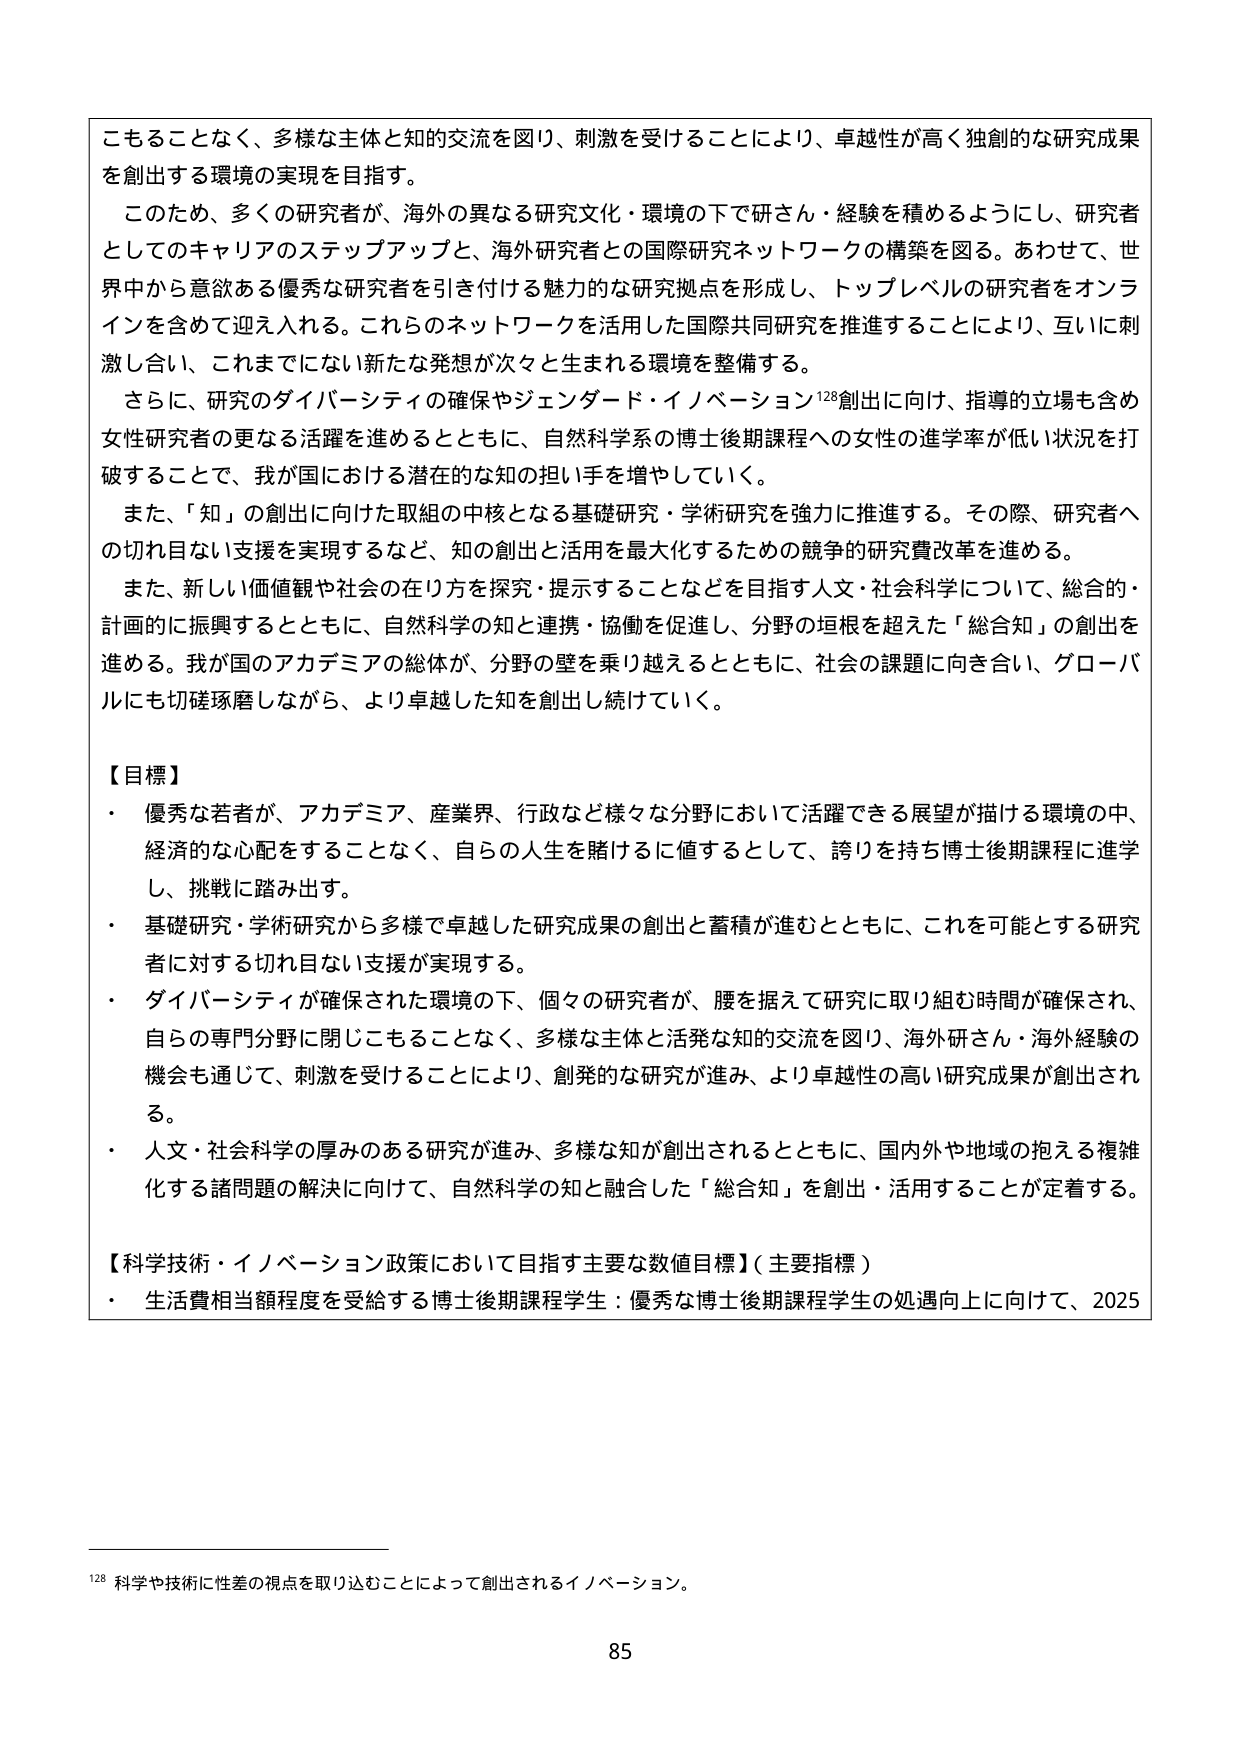
こもることなく、多様な主体と知的交流を図り、刺激を受けることにより、卓越性が高く独創的な研究成果を創出する環境の実現を目指す。

このため、多くの研究者が、海外の異なる研究文化・環境の下で研さん・経験を積めるようにし、研究者としてのキャリアのステップアップと、海外研究者との国際研究ネットワークの構築を図る。あわせて、世界中から意欲ある優秀な研究者を引き付ける魅力的な研究拠点を形成し、トップレベルの研究者をオンラインを含めて迎え入れる。これらのネットワークを活用した国際共同研究を推進することにより、互いに刺激し合い、これまでにない新たな発想が次々と生まれる環境を整備する。

さらに、研究のダイバーシティの確保やジェンダード・イノベーション¹²⁸創出に向け、指導的立場も含め女性研究者の更なる活躍を進めるとともに、自然科学系の博士後期課程への女性の進学率が低い状況を打破することで、我が国における潜在的な知の担い手を増やしていく。

また、「知」の創出に向けた取組の中核となる基礎研究・学術研究を強力に推進する。その際、研究者への切れ目ない支援を実現するなど、知の創出と活用を最大化するための競争的研究費改革を進める。

また、新しい価値観や社会の在り方を探究・提示することなどを目指す人文・社会科学について、総合的・計画的に振興するとともに、自然科学の知と連携・協働を促進し、分野の垣根を超えた「総合知」の創出を進める。我が国のアカデミアの総体が、分野の壁を乗り越えるとともに、社会の課題に向き合い、グローバルにも切磋琢磨しながら、より卓越した知を創出し続けていく。

【目標】
・ 優秀な若者が、アカデミア、産業界、行政など様々な分野において活躍できる展望が描ける環境の中、経済的な心配をすることなく、自らの人生を賭けるに値するとして、誇りを持ち博士後期課程に進学し、挑戦に踏み出す。
・ 基礎研究・学術研究から多様で卓越した研究成果の創出と蓄積が進むとともに、これを可能とする研究者に対する切れ目ない支援が実現する。
・ ダイバーシティが確保された環境の下、個々の研究者が、腰を据えて研究に取り組む時間が確保され、自らの専門分野に閉じこもることなく、多様な主体と活発な知的交流を図り、海外研さん・海外経験の機会も通じて、刺激を受けることにより、創発的な研究が進み、より卓越性の高い研究成果が創出される。
・ 人文・社会科学の厚みのある研究が進み、多様な知が創出されるとともに、国内外や地域の抱える複雑化する諸問題の解決に向けて、自然科学の知と融合した「総合知」を創出・活用することが定着する。

【科学技術・イノベーション政策において目指す主要な数値目標】（主要指標）
・ 生活費相当額程度を受給する博士後期課程学生：優秀な博士後期課程学生の処遇向上に向けて、2025

¹²⁸ 科学や技術に性差の視点を取り込むことによって創出されるイノベーション。

85